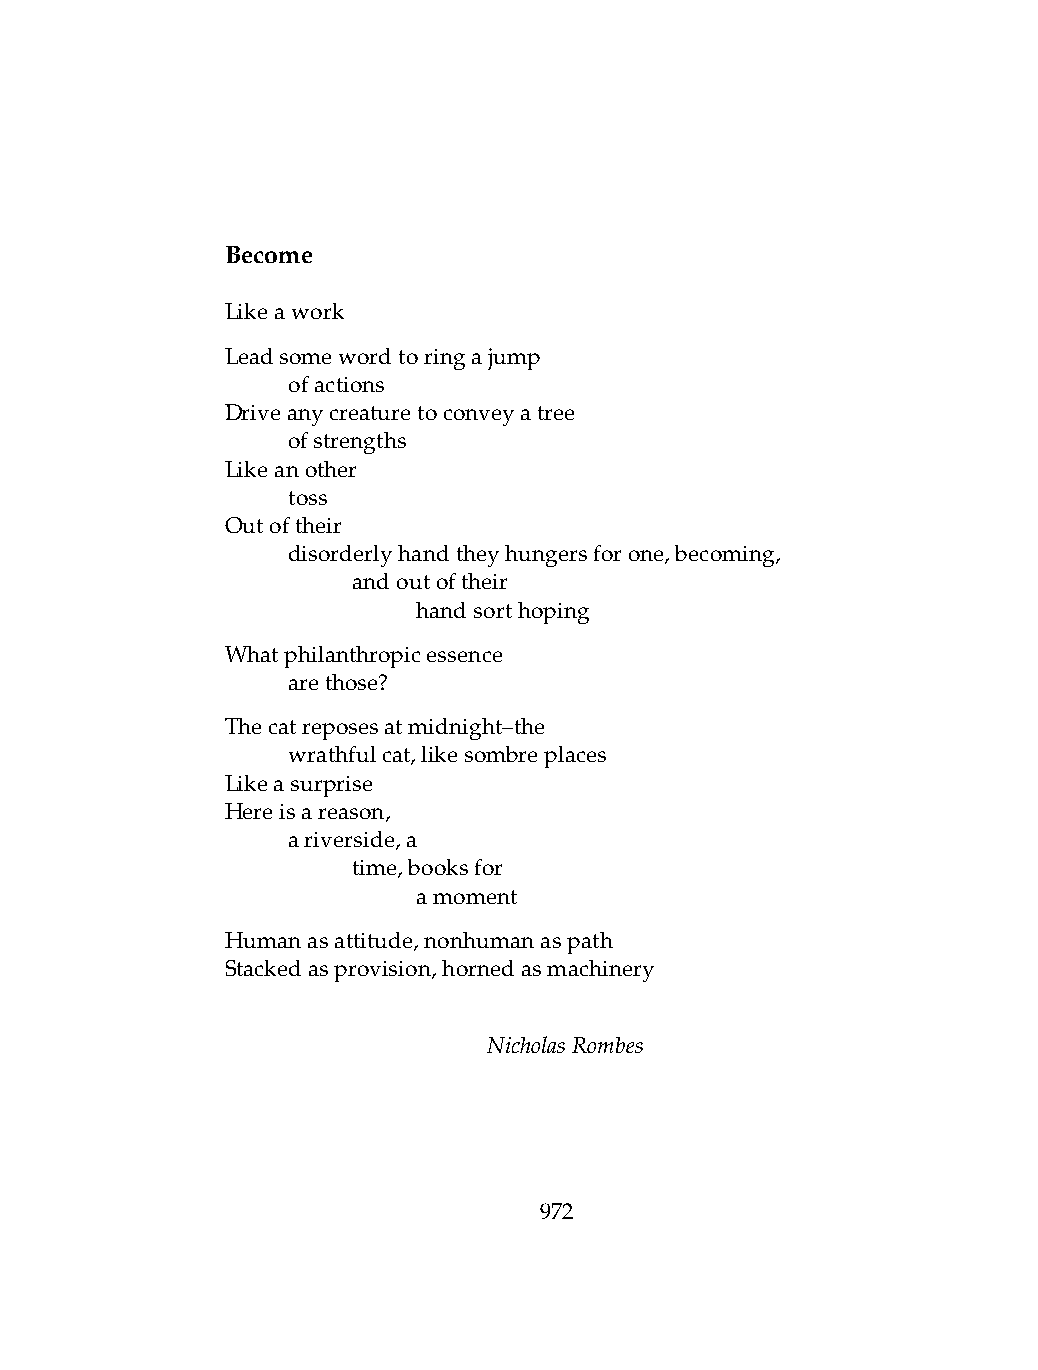
Become
 Likeawork
 Leadsomewordtoringajump
 .   ofactions
 Driveanycreaturetoconveyatree
 .   ofstrengths
 Likeanother
 .   toss
 Outoftheir
 .   disorderlyhandtheyhungersforone,becoming,
 .   .   andoutoftheir
 .   .   .    handsorthoping
 Whatphilanthropicessence
 .   arethose?
 Thecatreposesatmidnight–the
 .   wrathfulcat,likesombreplaces
 Likeasurprise
 Hereisareason,
 .   ariverside,a
 .   .   time,booksfor
 .   .   .    amoment
 Humanasattitude,nonhumanaspath
 Stackedasprovision,hornedasmachinery
 NicholasRombes
 972